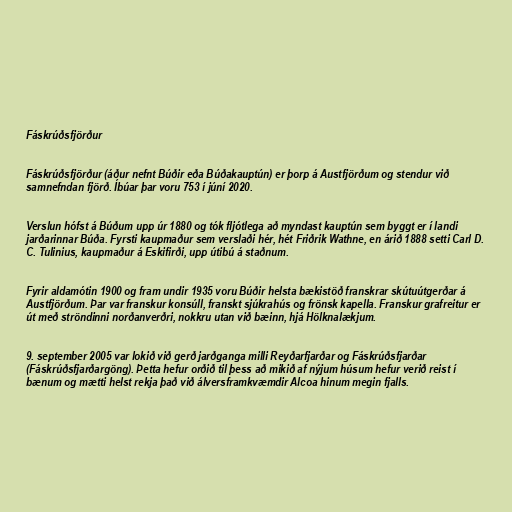
Fáskrúðsfjörður

Fáskrúðsfjörður (áður nefnt Búðir eða Búðakauptún) er þorp á Austfjörðum og stendur við
samnefndan fjörð. Íbúar þar voru 753 í júní 2020.

Verslun hófst á Búðum upp úr 1880 og tók fljótlega að myndast kauptún sem byggt er í landi
jarðarinnar Búða. Fyrsti kaupmaður sem verslaði hér, hét Friðrik Wathne, en árið 1888 setti Carl D.
C. Tulinius, kaupmaður á Eskifirði, upp útibú á staðnum.

Fyrir aldamótin 1900 og fram undir 1935 voru Búðir helsta bækistöð franskrar skútuútgerðar á
Austfjörðum. Þar var franskur konsúll, franskt sjúkrahús og frönsk kapella. Franskur grafreitur er
út með ströndinni norðanverðri, nokkru utan við bæinn, hjá Hölknalækjum.

9. september 2005 var lokið við gerð jarðganga milli Reyðarfjarðar og Fáskrúðsfjarðar
(Fáskrúðsfjarðargöng). Þetta hefur orðið til þess að mikið af nýjum húsum hefur verið reist í
bænum og mætti helst rekja það við álversframkvæmdir Alcoa hinum megin fjalls.